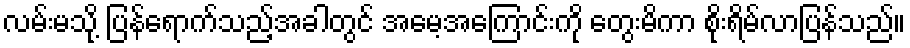
လမ်းမသို့ ပြန်ရောက်သည့်အခါတွင် အမေ့အကြောင်းကို တွေးမိကာ စိုးရိမ်လာပြန်သည်။